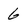
Character: 6